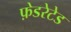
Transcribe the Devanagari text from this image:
फ़ेडरेटेड